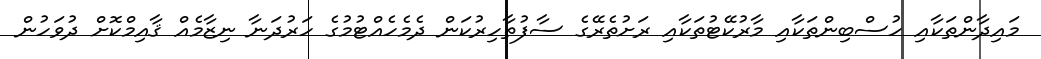
މައިދާންތަކާއި ހުސްބިންތަކާއި މާރުކޭޓުތަކާއި ރަށުތެރޭގެ ސާފުތާހިރުކަން ދެމެހެއްޓުމުގެ ހަރުދަނާ ނިޒާމެއް ޤާއިމްކޮށް ދުވަހުން